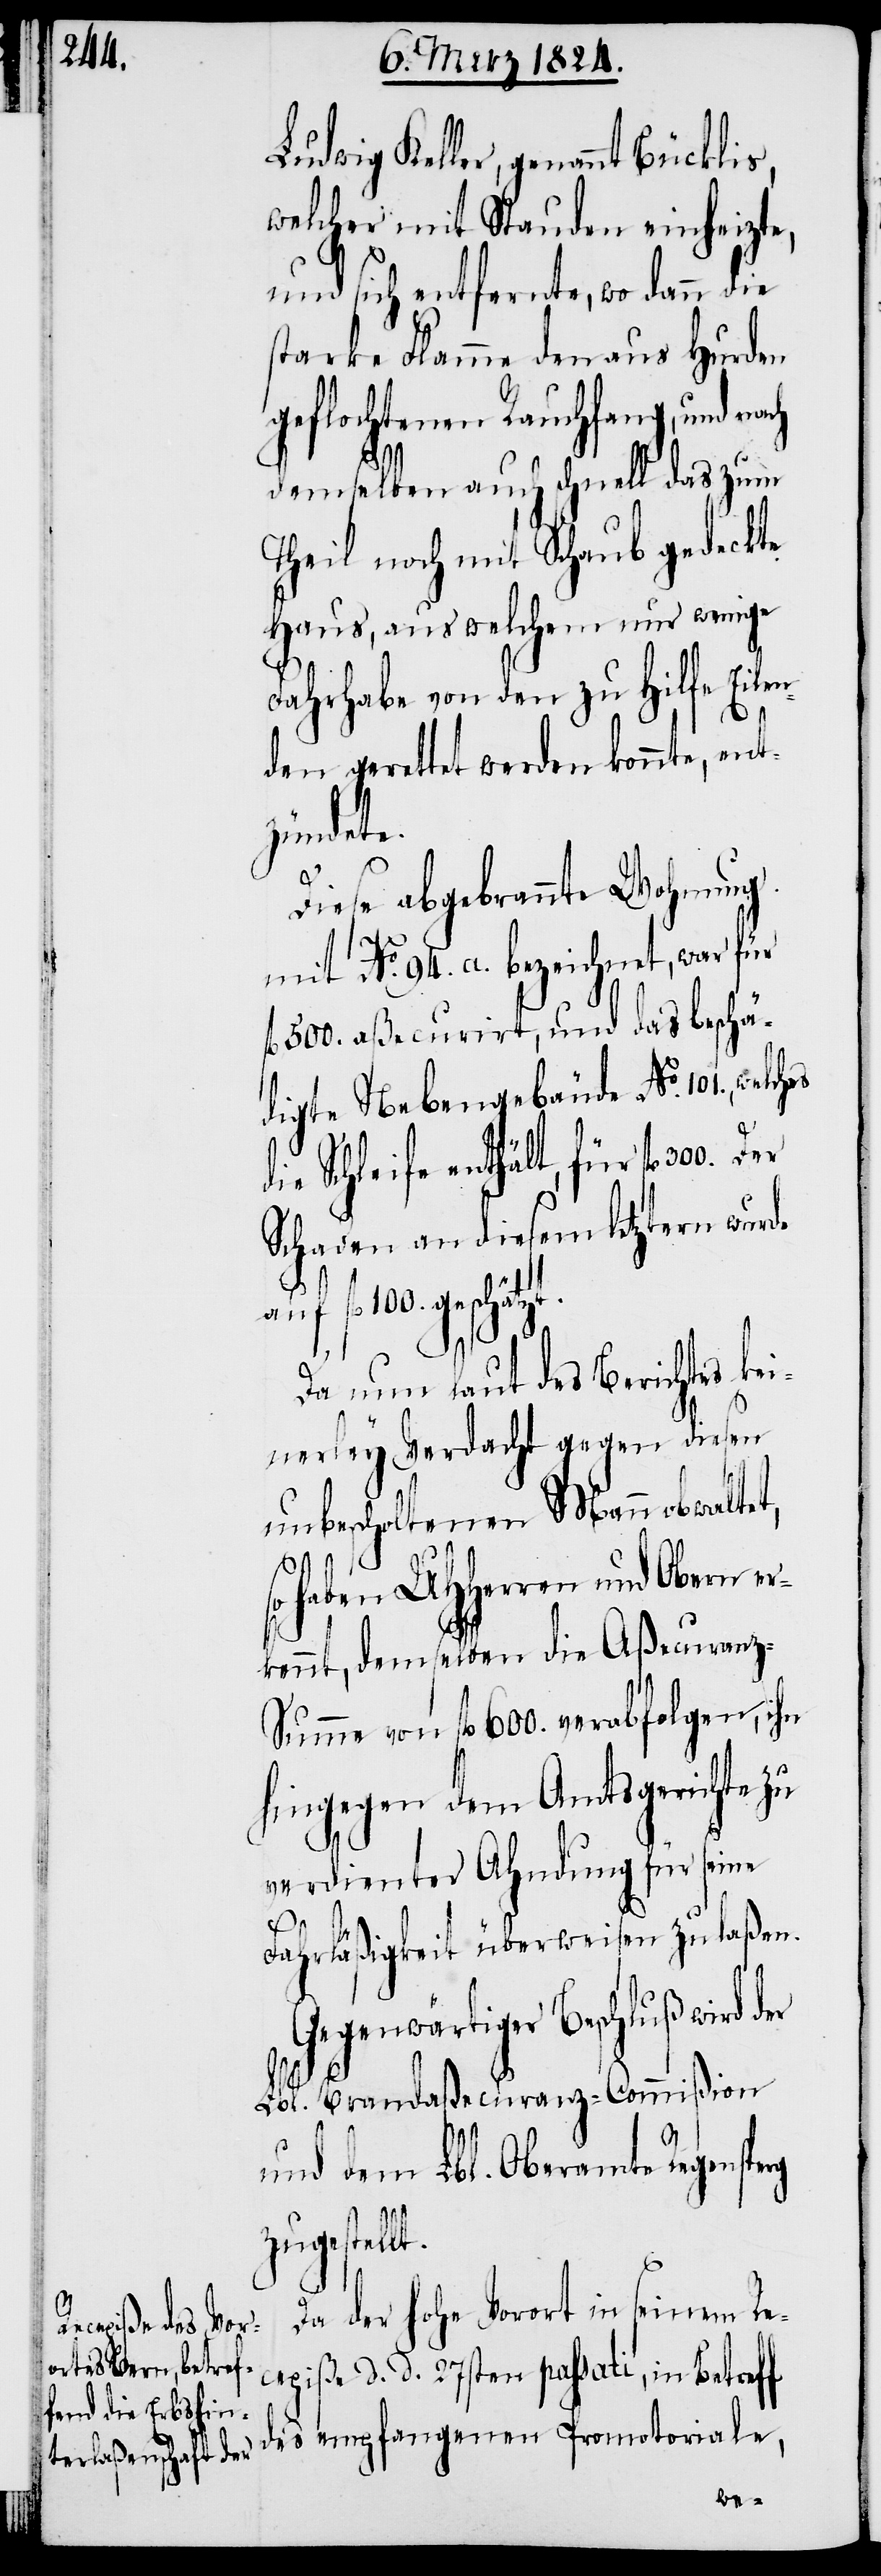
Ludwig Keller, genannt
welcher mit Stauden einheizte,
und sich entfernte, wo dann die
starke Flamme den aus Hurden
flochtenen Rauchfang, und
demselben auch schnell das zum
Theil noch mit Schaub gedeckte
Haus, aus welchem nur wenige
f¬
Fahrhabe von den zu Hilfe Eilen¬
den gerettet werden konnte, ent¬
zündete.
Diese abgebrannte Wohnung
mit No. 94. a. bezeichnet, war für
l. 500. aßecurirt, und das beschä¬
digte Nebengebäude No. 101.,
die Schleife enthält, für fl. 300.
Schaden an diesem letztern wurde
Da nun laut des Berichtes kei¬
nerley Verdacht gegen diesen
unbescholtenen Mann obwaltet,
so haben UHHerren und Obern er¬
kennt, demselben die Aßecuranz-S¬
umme von fl. 600. verabfolgen, ihn
hingegen dem Amtsgerichte zu
verdienter Ahndung für seine
Fahrläßigkeit überweisen zu laßen.
Gegenwärtiger Beschluß wird der
erg
Lbl. Brandaßecuranz-Commißion
und dem Lbl. Oberamte Regensp¬
zugestellt.
Da der hohe Vorort in seinem Re¬
cepiße d. d. 27sten passati, in Betreff
des empfangenen Promotoriale,
ge¬